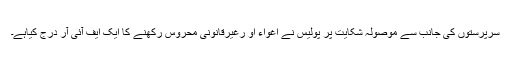
سرپرستوں کی جانب سے موصولہ شکایت پر پولیس نے اغواء او رغیرقانونی محروس رکھنے کا ایک ایف آئی آر درج کیاہے۔